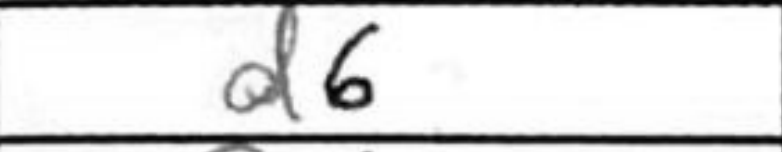
Transcription: d6